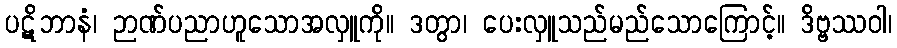
ပဋိဘာနံ၊ ဉာဏ်ပညာဟူသောအလှူကို။ ဒတွာ၊ ပေးလှူသည်မည်သောကြောင့်။ ဒိဗ္ဗဿဝါ၊